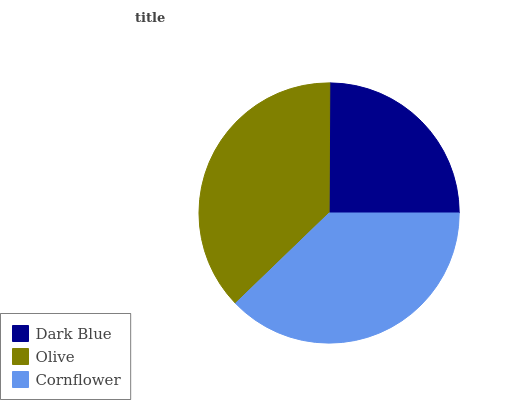
| Dark Blue | Olive | Cornflower |
 | --- | --- | --- |
 | 25% | 37.3% | 37.7% |